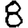
Digit: 8